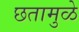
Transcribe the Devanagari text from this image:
छतामुळे